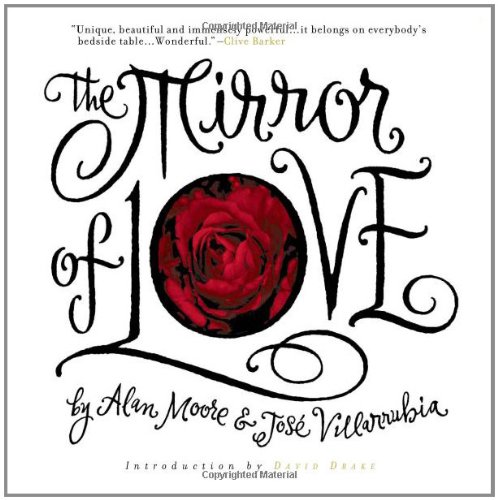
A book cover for The Mirror of Love; Alan Moore; Gay & Lesbian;